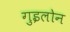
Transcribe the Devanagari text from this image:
गुइलोन